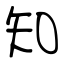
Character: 知